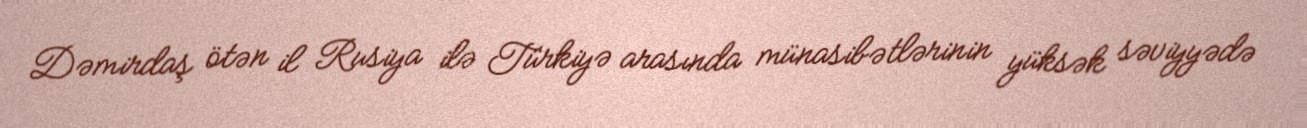
Dəmirdaş ötən il Rusiya ilə Türkiyə arasında münasibətlərinin yüksək səviyyədə